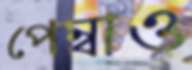
পেম্বাও